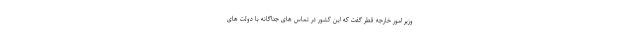
وزیر امور خارجه قطر گفت که این کشور در تماس های جداگانه با دولت های